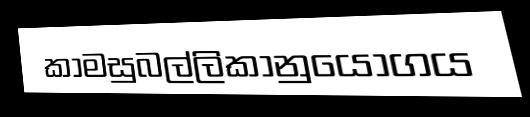
කාමසුබල්ලිකානුයෝගය